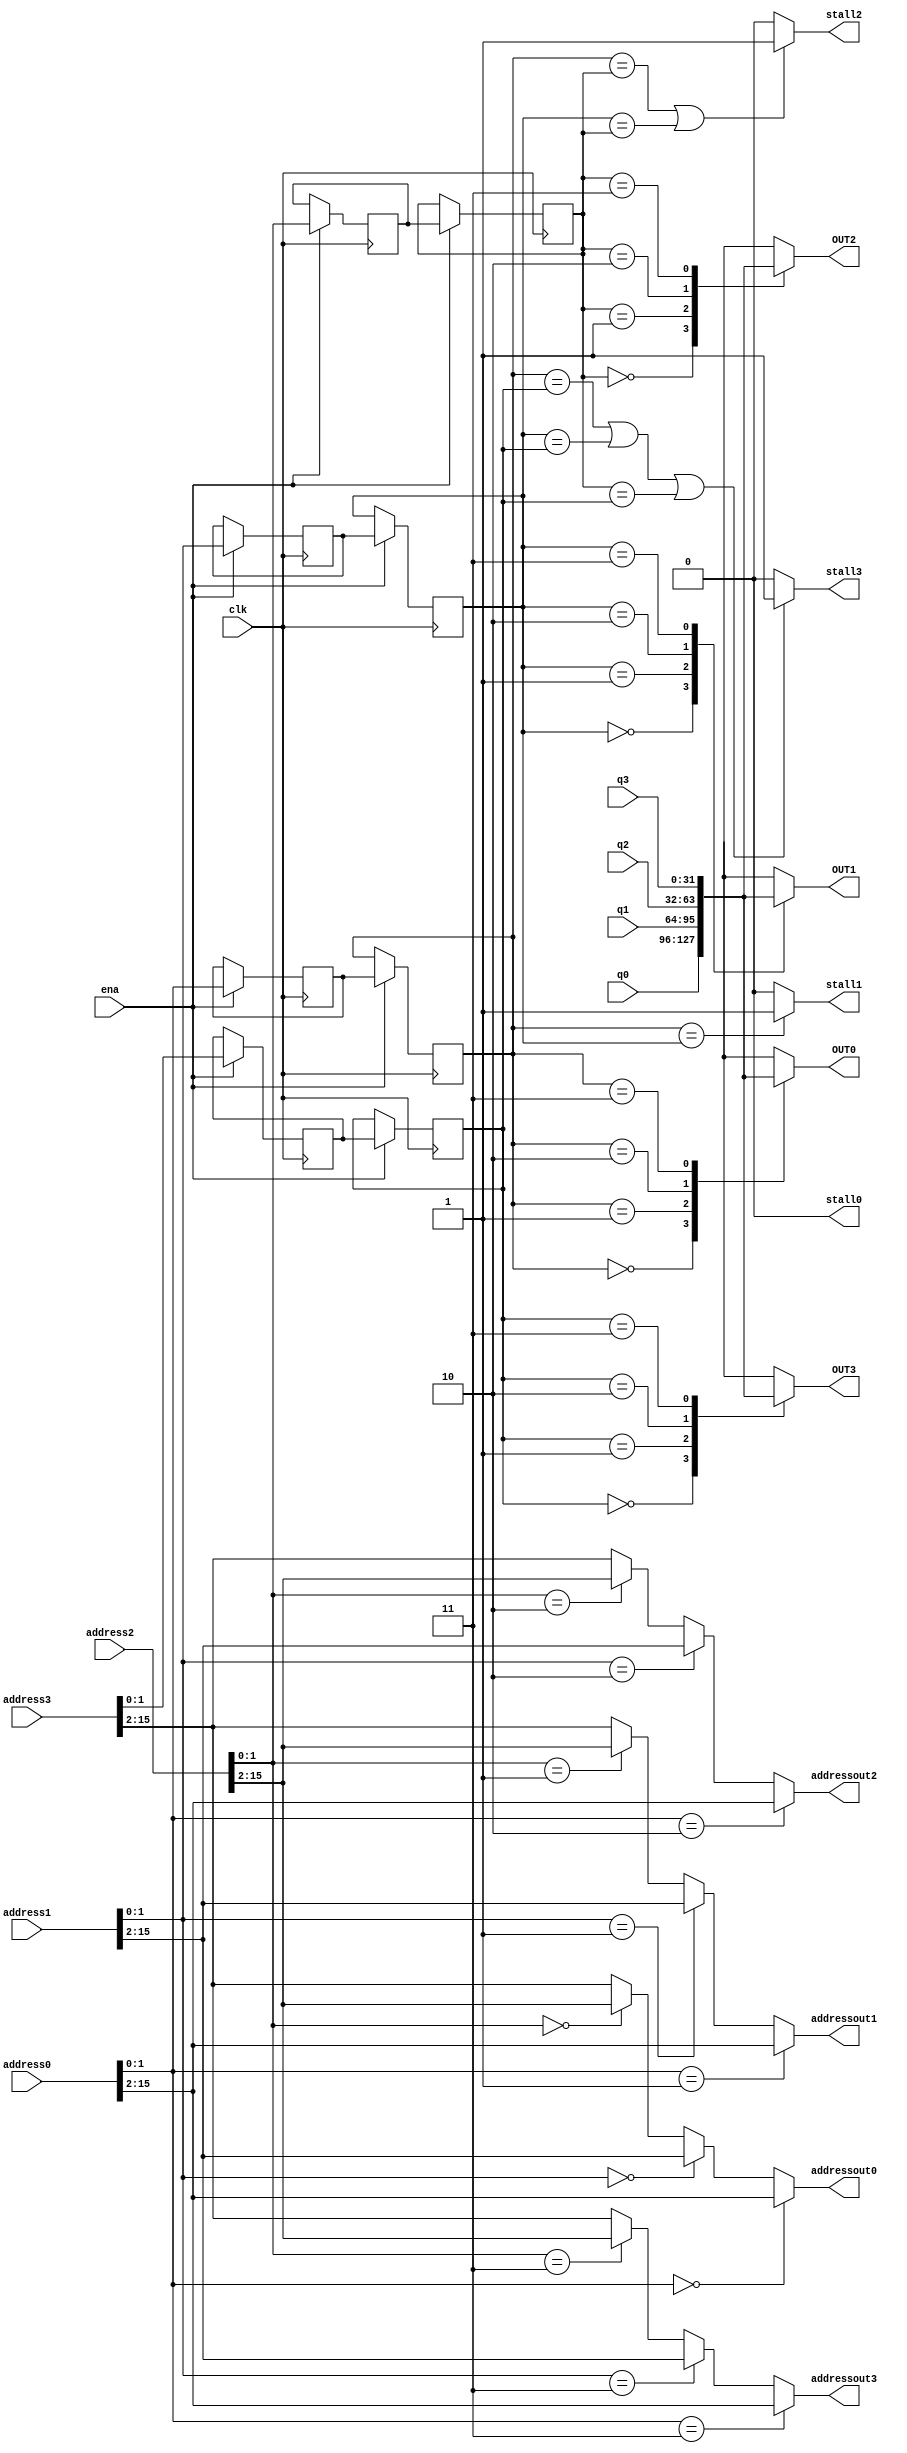
module crossbar4x4(
    clk,
    ena,
  address0       ,   
  address1       ,   
  address2       ,   
  address3       ,   
  addressout0	,
  addressout1	,
  addressout2	,
  addressout3	,
  q0      ,  
  q1      ,   
  q2      ,   
  q3      ,
  stall0	,
  stall1	,
  stall2	,
  stall3	,   
  OUT0      ,   
  OUT1      ,   
  OUT2      ,   
  OUT3      );  

parameter ADDRW = 16;
parameter WL = 32;



input clk, ena;
input [ADDRW-1:0] address0, address1, address2, address3;
input [WL-1:0] q0, q1, q2, q3;

output wire stall0, stall1, stall2, stall3;

output [ADDRW-3:0] addressout0, addressout1, addressout2, addressout3;

output [WL-1:0] OUT0,OUT1,OUT2,OUT3;

reg   [WL-1:0] OUT0,OUT1,OUT2,OUT3;


reg [1:0] tmpbanksel0, tmpbanksel1, tmpbanksel2, tmpbanksel3;
reg [1:0] tmp2banksel0, tmp2banksel1, tmp2banksel2, tmp2banksel3;

wire [1:0] banksel0, banksel1, banksel2, banksel3;

assign banksel0 = address0[1:0];
assign banksel1 = address1[1:0];
assign banksel2 = address2[1:0];
assign banksel3 = address3[1:0];


// logic for address assignment

assign addressout0 = (banksel0 == 2'b00)? address0[ADDRW-1:2]: (banksel1 == 2'b00)? address1[ADDRW-1:2] : (banksel2 == 2'b00)? address2[ADDRW-1:2]: address3[ADDRW-1:2];
assign addressout1 = (banksel0 == 2'b01)? address0[ADDRW-1:2]: (banksel1 == 2'b01)? address1[ADDRW-1:2] : (banksel2 == 2'b01)? address2[ADDRW-1:2]: address3[ADDRW-1:2];
assign addressout2 = (banksel0 == 2'b10)? address0[ADDRW-1:2]: (banksel1 == 2'b10)? address1[ADDRW-1:2] : (banksel2 == 2'b10)? address2[ADDRW-1:2]: address3[ADDRW-1:2];
assign addressout3 = (banksel0 == 2'b11)? address0[ADDRW-1:2]: (banksel1 == 2'b11)? address1[ADDRW-1:2] : (banksel2 == 2'b11)? address2[ADDRW-1:2]: address3[ADDRW-1:2];


// memory latency one cycle
always @ (posedge clk)
begin
  if(~ena)
    begin
        tmpbanksel0 <= tmpbanksel0;
        tmpbanksel1 <= tmpbanksel1;
        tmpbanksel2 <= tmpbanksel2;
        tmpbanksel3 <= tmpbanksel3;
    end
  else 
    begin
        tmpbanksel0 <= banksel0;
        tmpbanksel1 <= banksel1;
        tmpbanksel2 <= banksel2;
        tmpbanksel3 <= banksel3;
    end
end


always @ (posedge clk)
begin
  if(~ena)
    begin
        tmp2banksel0 <= tmp2banksel0;
        tmp2banksel1 <= tmp2banksel1;
        tmp2banksel2 <= tmp2banksel2;
        tmp2banksel3 <= tmp2banksel3;
    end
  else 
    begin
        tmp2banksel0 <= tmpbanksel0;
        tmp2banksel1 <= tmpbanksel1;
        tmp2banksel2 <= tmpbanksel2;
        tmp2banksel3 <= tmpbanksel3;
    end
end





// get the OUT0
always @ (*) begin
  case (tmp2banksel0)
  2'b00: OUT0 <= q0;
	2'b01: OUT0 <= q1;
	2'b10: OUT0 <= q2;
	2'b11: OUT0 <= q3;
  endcase
end

assign stall0 = 1'b0;



// get the OUT1
always @ (*) begin
  case (tmp2banksel1)
  2'b00: OUT1 <= q0;
	2'b01: OUT1 <= q1;
	2'b10: OUT1 <= q2;
	2'b11: OUT1 <= q3;
  endcase
end

assign stall1 = (tmp2banksel0==tmp2banksel1)? 1'b1: 1'b0;


// get the OUT2
always @ (*) begin
  case (tmp2banksel2)
  2'b00: OUT2 <= q0;
	2'b01: OUT2 <= q1;
	2'b10: OUT2 <= q2;
	2'b11: OUT2 <= q3;
  endcase
end

assign stall2 = ( (tmp2banksel0==tmp2banksel2) || (tmp2banksel1==tmp2banksel2))? 1'b1: 1'b0;

// get the OUT3
always @ (*) begin
  case (tmp2banksel3)
  2'b00: OUT3 <= q0;
	2'b01: OUT3 <= q1;
	2'b10: OUT3 <= q2;
	2'b11: OUT3 <= q3;
  endcase
end

assign stall3 = ( (tmp2banksel0==tmp2banksel3) || (tmp2banksel1==tmp2banksel3) || (tmp2banksel2==tmp2banksel3))? 1'b1: 1'b0;






endmodule